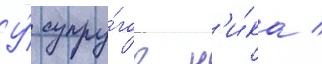
У́ супру́гов н'и́ка /